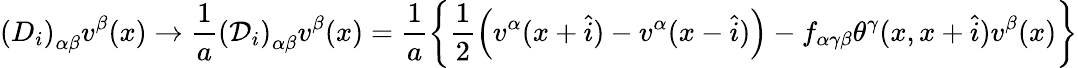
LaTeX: \left(D_{i}\right)_{\alpha\beta}v^{\beta}(x)\rightarrow\frac 1a\left({\cal D}_{i}\right)_{\alpha\beta}v^{\beta}(x)=\frac 1a\left\{ \frac 12\left(v^{\alpha}(x+\widehat{i})-v^{\alpha}(x-\widehat{i})\right)-f_{\alpha\gamma\beta}\theta^{\gamma}(x,x+\widehat{i})v^{\beta}(x)\right\}